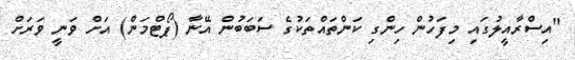
"އިސްރާއީލުގައި މިފަހުން ހިންގި ކަންތައްތަކުގެ ސަބަބުން އޭނާ (ޕޯޓްމަން) އަށް ވަނީ ވަރަށް